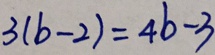
3 ( b - 2 ) = 4 b - 3